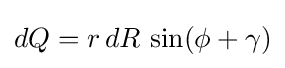
dQ=r\,dR\,\sin(\phi +\gamma )